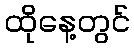
ထိုနေ့တွင်